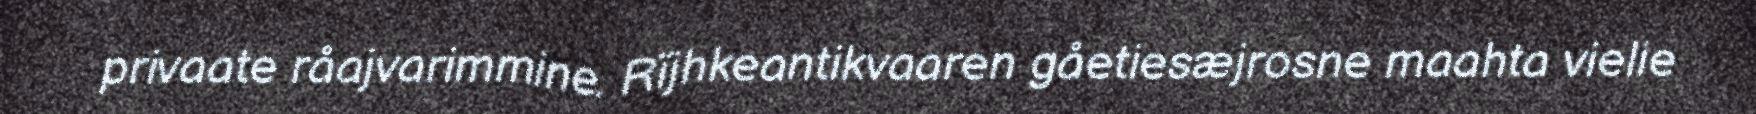
privaate råajvarimmine. Rïjhkeantikvaaren gåetiesæjrosne maahta vielie